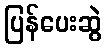
ပြန်ပေးဆွဲ